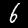
Label: 6